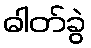
ဓါတ်ခွဲ